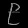
Digit: ၉